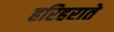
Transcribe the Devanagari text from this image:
हरिहराते